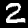
Label: 2